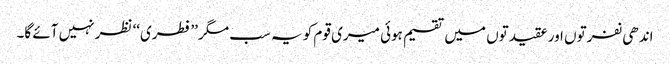
اندھی نفرتوں اور عقیدتوں میں تقسیم ہوئی میری قوم کو یہ سب مگر ’’فطری‘‘ نظر نہیں آئے گا۔